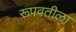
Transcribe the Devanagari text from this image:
रूपवतीला